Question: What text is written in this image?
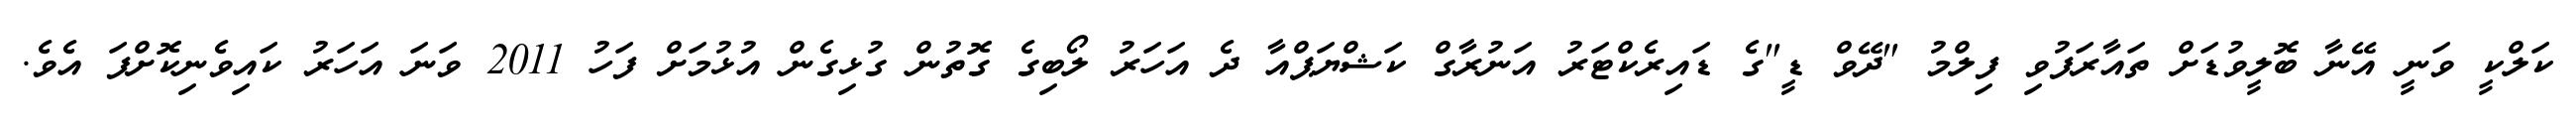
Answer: ކަލްކީ ވަނީ އޭނާ ބޮލީވުޑަށް ތައާރަފުވި ފިލްމު "ދޭވް ޑީ"ގެ ޑައިރެކްޓަރު އަނުރާގް ކަޝްޔަޕްއާ ދެ އަހަރު ލޯބިގެ ގޮތުން ގުޅިގެން އުޅުމަށް ފަހު 2011 ވަނަ އަހަރު ކައިވެނިކޮށްފަ އެވެ.